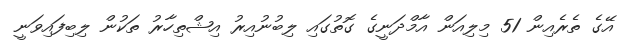
އޭގެ ތެރެއިން 51 މިލިއަން އާމްދަނީގެ ގޮތުގައި ލިބުނުއިރު އިޝްތިހާރު ތަކުން ލިބިފައިވަނީ